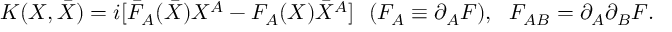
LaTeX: K ( X , \bar { X } ) = i [ \bar { F } _ { A } ( \bar { X } ) X ^ { A } - F _ { A } ( X ) \bar { X } ^ { A } ] \ \ ( F _ { A } \equiv \partial _ { A } F ) , \ \ F _ { A B } = \partial _ { A } \partial _ { B } F .